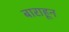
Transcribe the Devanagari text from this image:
बाराहून